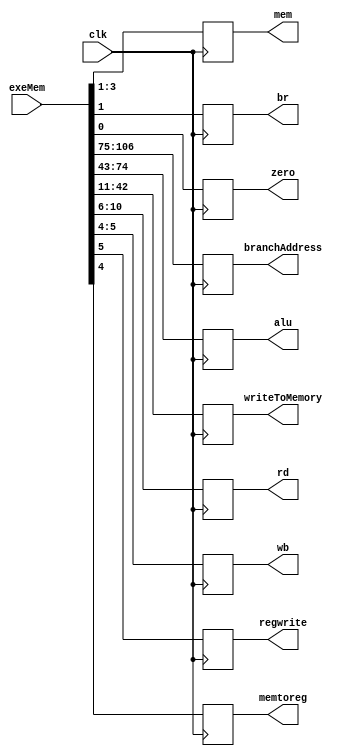
module EXMEM(output reg [31:0] branchAddress,alu,writeToMemory,
output reg [4:0] rd,output reg [1:0] wb,output reg regwrite,output reg memtoreg,output reg [2:0] mem,output reg br,
output reg zero,input [106:0] exeMem,input clk);

initial
begin
branchAddress=0;
alu=0;
writeToMemory=0;
rd=0;
wb=0;
regwrite=0;
memtoreg=0;
mem=0;
br=0;
zero=0;
end

always @(posedge clk)
begin
branchAddress <= exeMem[106:75];
alu <= exeMem[74:43];
writeToMemory <= exeMem[42:11];
rd <= exeMem[10:6];
wb <= exeMem[5:4];
regwrite <= exeMem[5];
memtoreg <= exeMem[4];
mem <= exeMem[3:1];
br <= exeMem[1];
zero <= exeMem[0];
end
endmodule